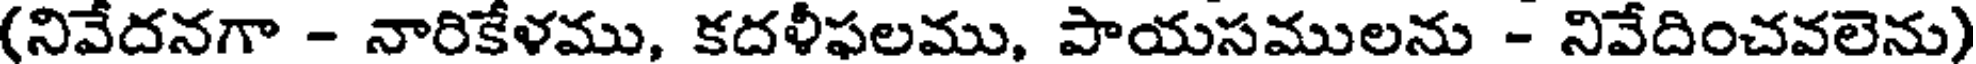
(నివేదనగా - నారికేళము, కదళీఫలము, పాయసములను - నివేదించవలెను)